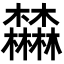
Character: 𣡕